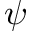
\psi